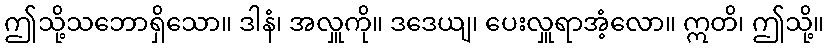
ဤသို့သဘောရှိသော။ ဒါနံ၊ အလှူကို။ ဒဒေယျ၊ ပေးလှူရာအံ့လော။ ဣတိ၊ ဤသို့။